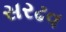
સરઢવ